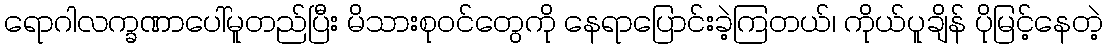
ရောဂါလက္ခဏာပေါ်မူတည်ပြီး မိသားစုဝင်တွေကို နေရာပြောင်းခဲ့ကြတယ်၊ ကိုယ်ပူချိန် ပိုမြင့်နေတဲ့